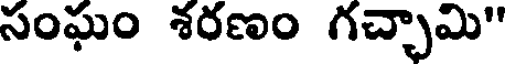
సంఘం శరణం గచ్చామి"